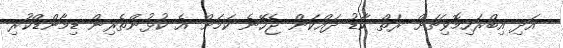
އަދި އިބްރަހިމޮވިޗަށް ރަތް ކާޑު ދައްކަން ޖެހޭނެ ކަމަށް އެ ކުޅުންތެރިން ޑިމާންޑްކުރި